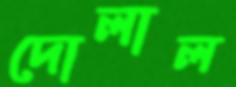
দোলাল